Indian journal of veterinary science and animal husbandry - Volume 3,
Year: 1933
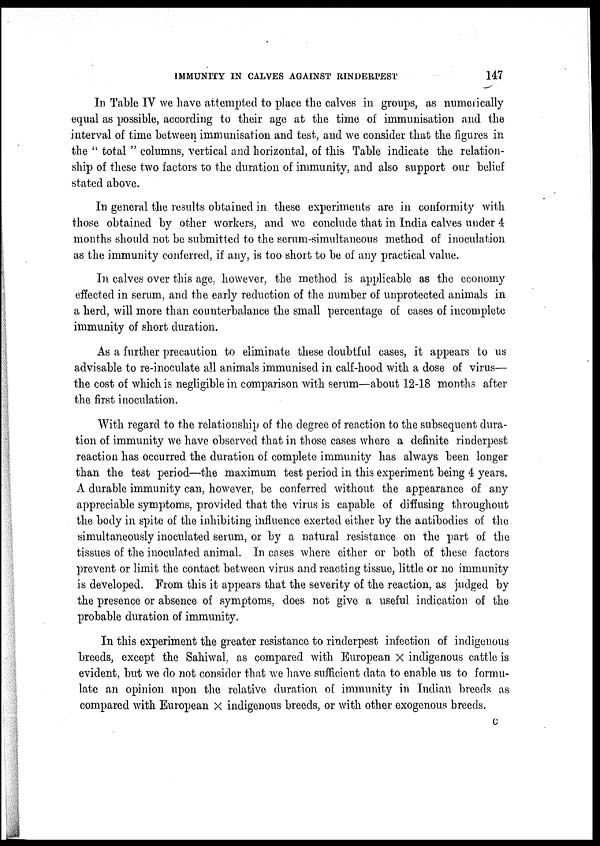
IMMUNITY IN CALVES AGAINST RINDERPEST
147
In Table IV we have attempted to place the calves in groups, as numerically
equal as possible, according to their age at the time of immunisation and the
interval of time between immunisation and test, and we consider that the figures in
the " total " columns, vertical and horizontal, of this Table indicate the relation-
ship of these two factors to the duration of immunity, and also support our belief
stated above.
In general the results obtained in these experiments are in conformity with
those obtained by other workers, and we conclude that in India calves under 4
months should not be submitted to the serum-simultaneous method of inoculation
as the immunity conferred, if any, is too short to be of any practical value.
In calves over this age, however, the method is applicable as the economy
effected in serum, and the early reduction of the number of unprotected animals in
a herd, will more than counterbalance the small percentage of cases of incomplete
immunity of short duration.
As a further precaution to eliminate these doubtful cases, it appears to us
advisable to re-inoculate all animals immunised in calf-hood with a dose of virus—
the cost of which is negligible in comparison with serum—about 12-18 months after
the first inoculation.
With regard to the relationship of the degree of reaction to the subsequent dura-
tion of immunity we have observed that in those cases where a definite rinderpest
reaction has occurred the duration of complete immunity has always been longer
than the test period—the maximum test period in this experiment being 4 years.
A durable immunity can, however, be conferred without the appearance of any
appreciable symptoms, provided that the virus is capable of diffusing throughout
the body in spite of the inhibiting influence exerted either by the antibodies of the
simultaneously inoculated serum, or by a natural resistance on the part of the
tissues of the inoculated animal. In cases where either or both of these factors
prevent or limit the contact between virus and reacting tissue, little or no immunity
is developed. From this it appears that the severity of the reaction, as judged by
the presence or absence of symptoms, does not give a useful indication of the
probable duration of immunity.
In this experiment the greater resistance to rinderpest infection of indigenous
breeds, except the Sahiwal, as compared with European × indigenous cattle is
evident, but we do not consider that we have sufficient data to enable us to formu-
late an opinion upon the relative duration of immunity in Indian breeds as
compared with European × indigenous breeds, or with other exogenous breeds.
C